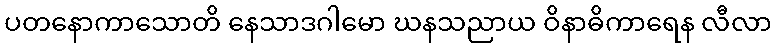
ပတနောကာသောတိ နေသာဒဂါမော ဃနသညာယ ဝိနာဓိကာရေန လီလာ